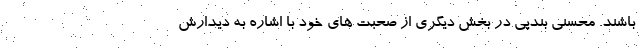
باشند. محسنی بندپی در بخش دیگری از صحبت های خود با اشاره به دیدارش